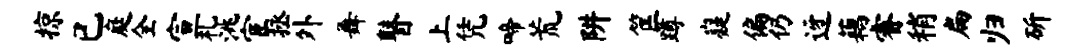
掠已庭全宣札洮宦拯外舞瞽上凭啼荒阱筐蹲嶷偏仍迓藕睿稍扁归斫